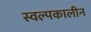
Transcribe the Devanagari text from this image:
स्वल्पकालीन